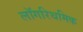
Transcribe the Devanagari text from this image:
लॉगरिथमिक